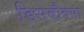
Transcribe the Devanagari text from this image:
डिसबौक्सा